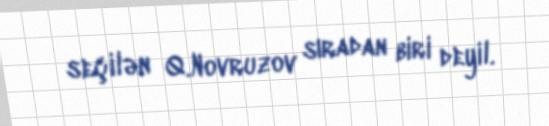
seçilən Q.Novruzov sıradan biri deyil.